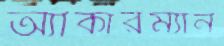
অ্যাকারম্যান